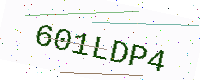
Text: 601LDP4